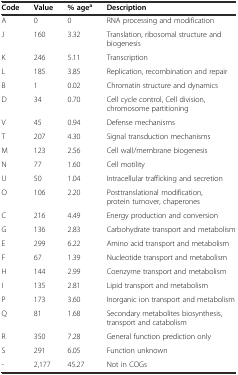
| Code | Value | % agea | Description |
 | --- | --- | --- | --- |
 | A | 0 | 0 | RNA processing and modification |
 | J | 160 | 3.32 | Translation, ribosomal structure and biogenesis |
 | K | 246 | 5.11 | Transcription |
 | L | 185 | 3.85 | Replication, recombination and repair |
 | B | 1 | 0.02 | Chromatin structure and dynamics |
 | D | 34 | 0.70 | Cell cycle control, Cell division, chromosome partitioning |
 | V | 45 | 0.94 | Defense mechanisms |
 | T | 207 | 4.30 | Signal transduction mechanisms |
 | M | 123 | 2.56 | Cell wall/membrane biogenesis |
 | N | 77 | 1.60 | Cell motility |
 | U | 50 | 1.04 | Intracellular trafficking and secretion |
 | O | 106 | 2.20 | Posttranslational modification, protein turnover, chaperones |
 | C | 216 | 4.49 | Energy production and conversion |
 | G | 136 | 2.83 | Carbohydrate transport and metabolism |
 | E | 299 | 6.22 | Amino acid transport and metabolism |
 | F | 67 | 1.39 | Nucleotide transport and metabolism |
 | H | 144 | 2.99 | Coenzyme transport and metabolism |
 | I | 135 | 2.81 | Lipid transport and metabolism |
 | P | 173 | 3.60 | Inorganic ion transport and metabolism |
 | Q | 81 | 1.68 | Secondary metabolites biosynthesis, transport and catabolism |
 | R | 350 | 7.28 | General function prediction only |
 | S | 291 | 6.05 | Function unknown |
 | - | 2,177 | 45.27 | Not in COGs |